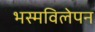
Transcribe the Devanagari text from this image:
भस्मविलेपन